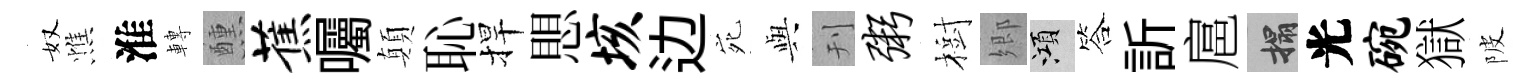
奴憔淮轉醺蕉囑顛恥捍愳垓边宛𫤰刊粥樹郷澒答訢扈搨光碗獄陂